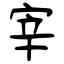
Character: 宰